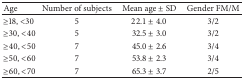
<table><thead><tr><td><b>Age</b></td><td><b>Number of subjects</b></td><td><b>Mean age ± SD</b></td><td><b>Gender FM/M</b></td></tr></thead><tbody><tr><td>≥18, &lt;30</td><td>5</td><td>22.1 ± 4.0</td><td>3/2</td></tr><tr><td>≥30, &lt;40</td><td>5</td><td>32.5 ± 3.0</td><td>3/2</td></tr><tr><td>≥40, &lt;50</td><td>7</td><td>45.0 ± 2.6</td><td>3/4</td></tr><tr><td>≥50, &lt;60</td><td>7</td><td>53.8 ± 2.3</td><td>3/4</td></tr><tr><td>≥60, &lt;70</td><td>7</td><td>65.3 ± 3.7</td><td>2/5</td></tr></tbody></table>